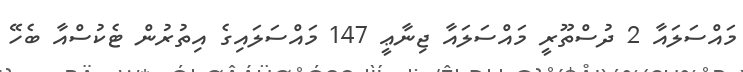
މައްސަލައާ 2 ދުސްތޫރީ މައްސަލައާ ޖިނާޢީ 147 މައްސަލައިގެ އިތުރުން ޓެކުސްއާ ބެހޭ